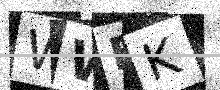
Text: WWEK